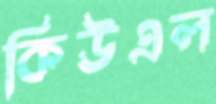
কিউএল